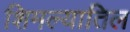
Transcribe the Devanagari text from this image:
शिमल्यातिल